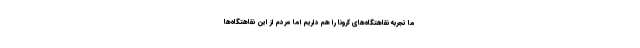
ما تجربه نقاهتگاه‌های کرونا را هم داریم اما مردم از این نقاهتگاه‌ها